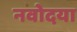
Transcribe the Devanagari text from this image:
नवोदया